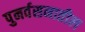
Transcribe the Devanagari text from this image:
पुनर्वसनातील